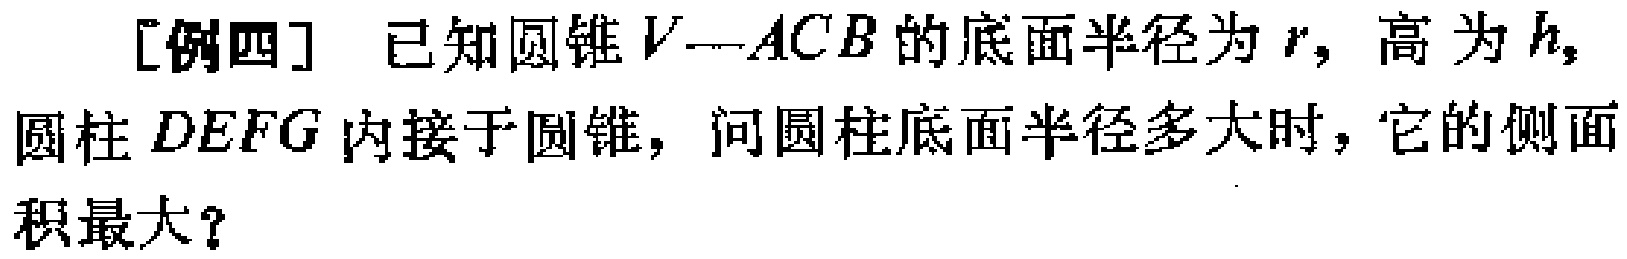
[例四] 已知圆锥\(V - ACB\)的底面半径为\(r\)，高为\(h\)，圆柱\(DEFG\)内接于圆锥，问圆柱底面半径多大时，它的侧面积最大？